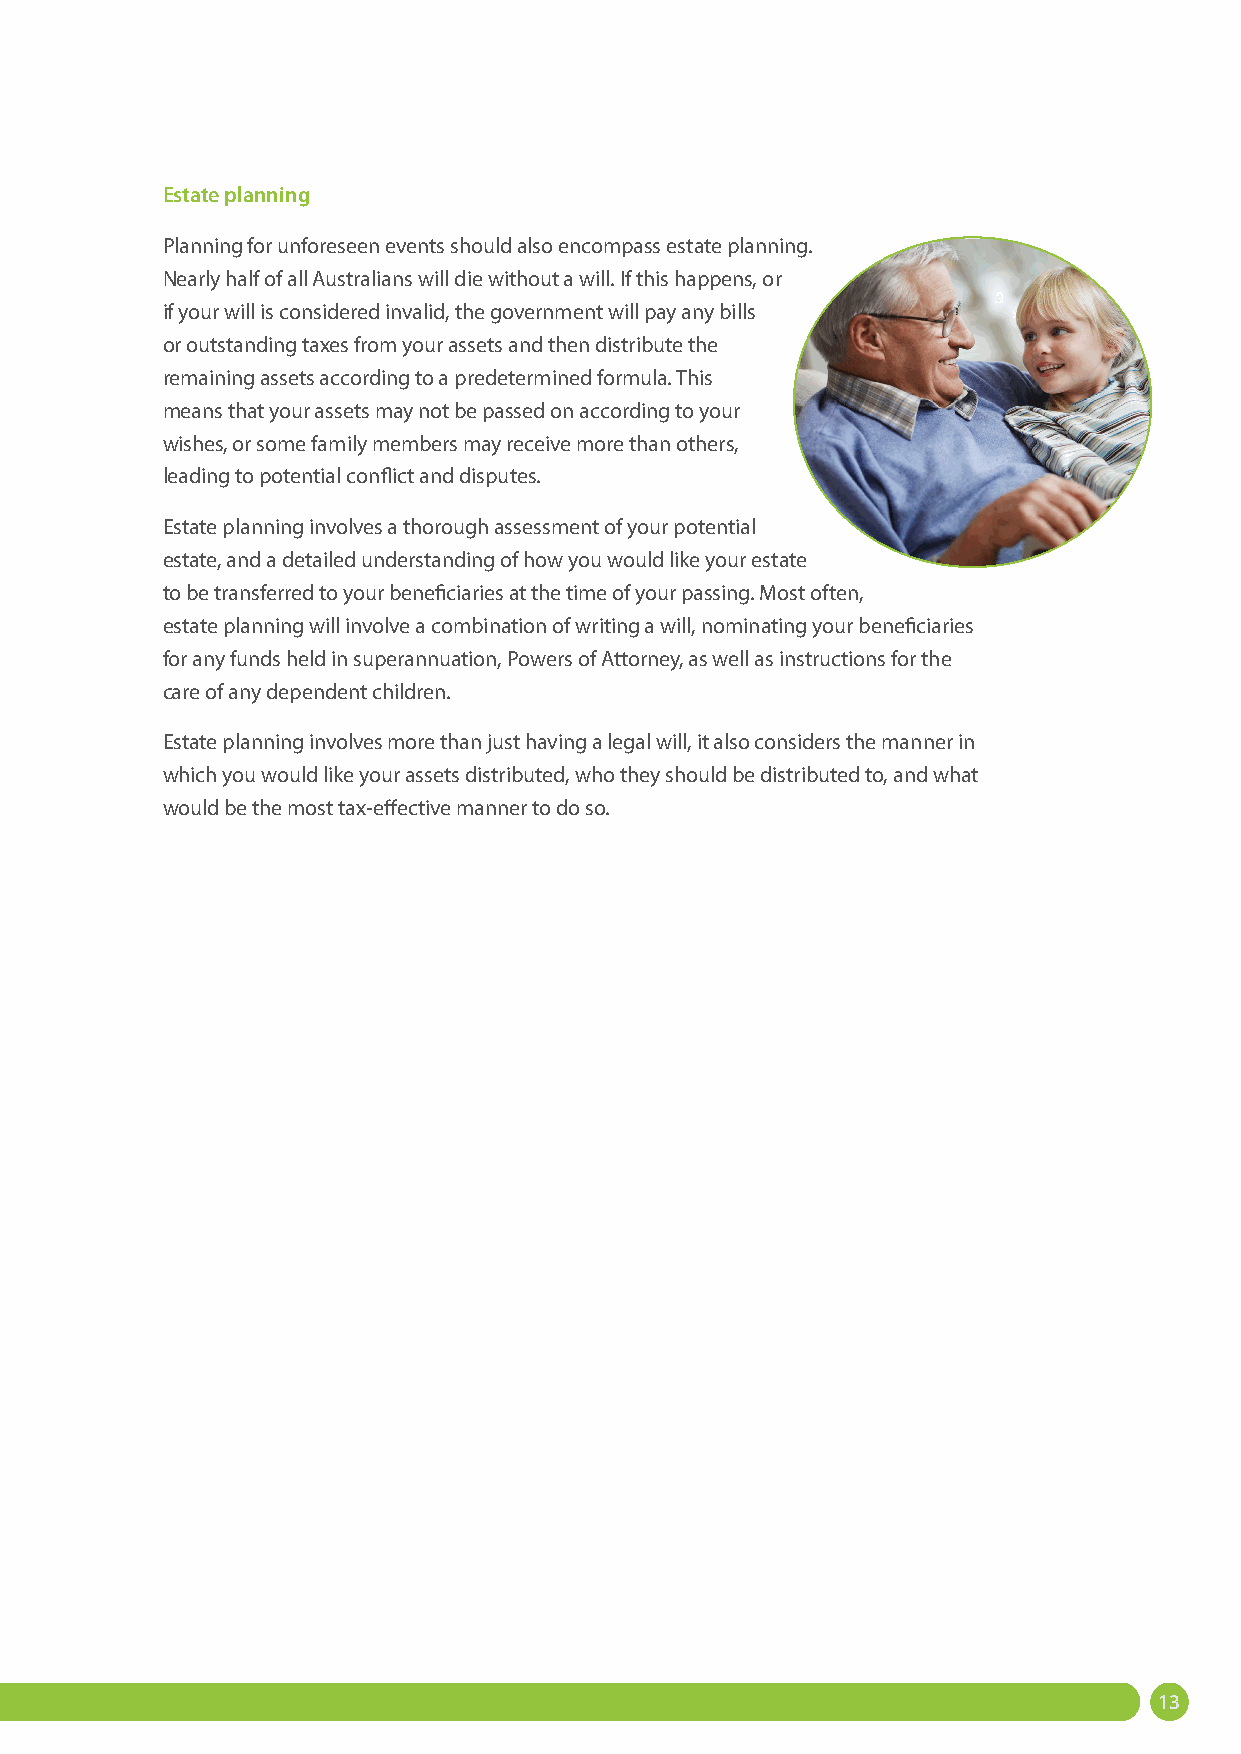
Estate planning
 Planning for unforeseen events should also encompass estate planning.
 Nearly half of all Australians will die without a will. If this happens, or
 if your will is considered invalid, the government will pay any bills
 or outstanding taxes from your assets and then distribute the
 remaining assets according to a predetermined formula. This
 means that your assets may not be passed on according to your
 wishes, or some family members may receive more than others,
 leading to potential conflict and disputes.
 Estate planning involves a thorough assessment of your potential
 estate, and a detailed understanding of how you would like your estate
 to be transferred to your beneficiaries at the time of your passing. Most often,
 estate planning will involve a combination of writing a will, nominating your beneficiaries
 for any funds held in superannuation, Powers of Attorney, as well as instructions for the
 care of any dependent children.
 Estate planning involves more than just having a legal will, it also considers the manner in
 which you would like your assets distributed, who they should be distributed to, and what
 would be the most tax-effective manner to do so.
 13